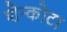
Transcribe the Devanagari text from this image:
शेन्कोटा